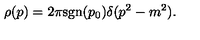
\rho ( p ) = 2 \pi \mathrm { s g n } ( p _ { 0 } ) \delta ( p ^ { 2 } - m ^ { 2 } ) .